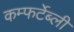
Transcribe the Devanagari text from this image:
कम्फर्टेब्ली